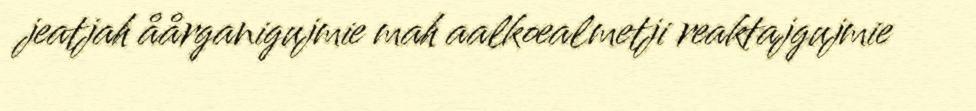
jeatjah åårganigujmie mah aalkoealmetji reaktajgujmie